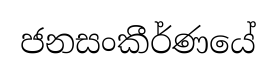
ජනසංකීර්ණයේ